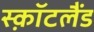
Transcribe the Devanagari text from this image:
स्क़ॉटलैंड